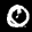
Label: 0